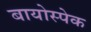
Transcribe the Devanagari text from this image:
बायोस्पेक